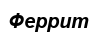
Феррит